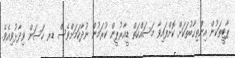
ޕާޓީތަކުން އިންތިހާބުތަކަށް ކޮށްފައިވާ މަސައްކަތް ޑީއާރުޕީން ކުރަމުން ނުދާކަމަށްވެސް ޑރ ހަސަން ވިދާޅުވިއެވެ.